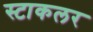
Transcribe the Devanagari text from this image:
स्टाकलर